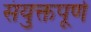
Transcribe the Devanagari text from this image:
संयुक्तपूर्ण